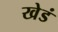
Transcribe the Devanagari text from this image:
खेडं